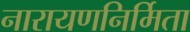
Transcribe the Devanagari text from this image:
नारायणनिर्मिता